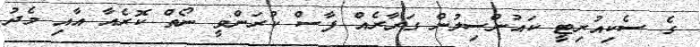
ގެ ސެކިއުރިޓީ ކައުންސިލުން ގަރާރެއް ފާސް ކުރަންވީ ނޯތް ކޮރެއާ އާއި މެދު